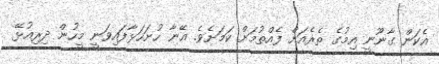
އެކަން ގާނޫނީ އިމުގެ ތެރެއަށް ފެއްތުމަށް ކަމަށެވެ. އޭނާ ހުށަހަޅާފައިވަނީ މީހުން ދިރިއުޅޭ